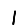
Digit: 1